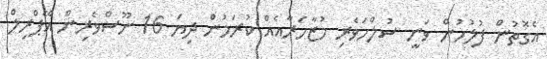
އެގޮތުން ފުލުހުން ވަނީ ސުލްހަވެރި މުޒާހަރާއެއް ކުރަމުން ދިޔަ 16 ނޫސްވެރިން އޭޕްރިލް